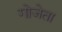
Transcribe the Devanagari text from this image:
गोजेता